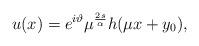
LaTeX: \begin{align*}u(x) = e^{i\vartheta} \mu^{\frac{2s}{\alpha}} h(\mu x + y_0),\end{align*}